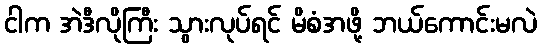
ငါက အဲဒီလိုကြီး သွားလုပ်ရင် မိစံအဖို့ ဘယ်ကောင်းမလဲ